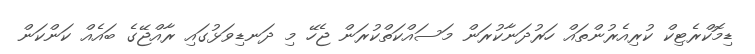
ޑިމޮކްރެޓިކް ކުރިއެރުންތައް ހަރުދަނާކުރަން މަސައްކަތްކުރަން ޖެހޭ މި ދަނޑިވަޅުގައި ރާއްޖޭގެ ބައެއް ކަންކަން